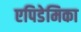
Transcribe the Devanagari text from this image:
एपिडेमिका